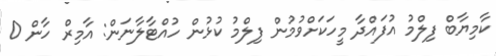
ކާމިޔާބް ފިލްމު އުފައްދާ މީހަކަށްވުމުން ފިލްމު ކުޅުން ހުއްޓާލާނަން: އާމިރް ހާން 0